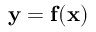
\mathbf { y } = \mathbf { f } ( \mathbf { x } )